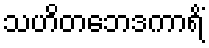
သဟိတဘေဒကာရိံ